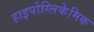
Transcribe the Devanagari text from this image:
हाइपोग्लिकेमिक